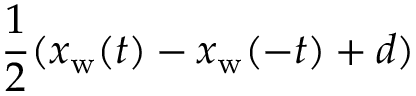
\frac { 1 } { 2 } ( x _ { \mathrm { w } } ( t ) - x _ { \mathrm { w } } ( - t ) + d )